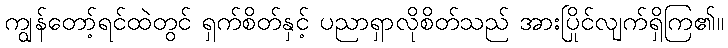
ကျွန်တော့်ရင်ထဲတွင် ရှက်စိတ်နှင့် ပညာရှာလိုစိတ်သည် အားပြိုင်လျက်ရှိကြ၏။